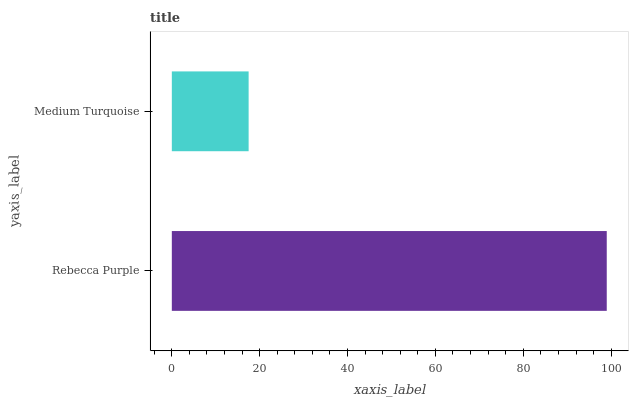
| yaxis_label | bars |
 | --- | --- |
 | Rebecca Purple | 99 |
 | Medium Turquoise | 17.5 |